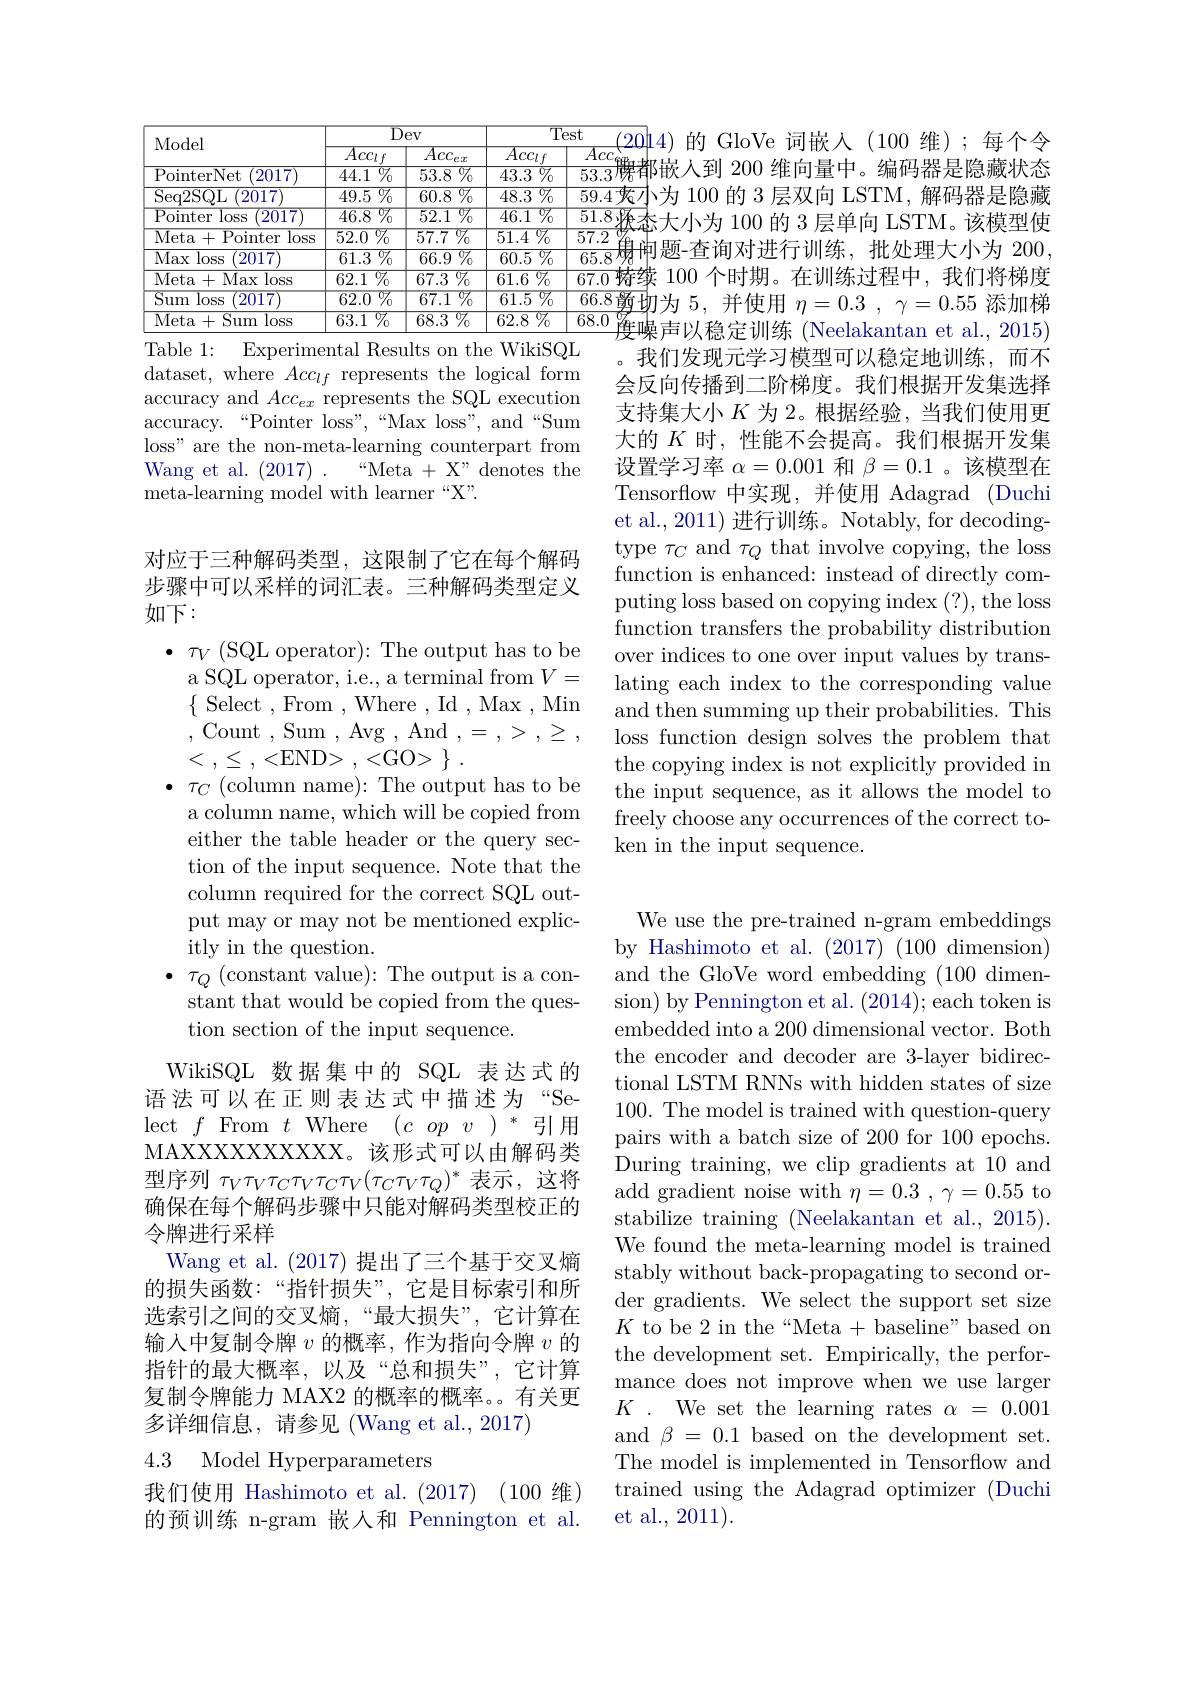
dataset, where $Acc_lf$ represents the logical form accuracy and $Acc_ex$ represents the SQL execution accuracy.“Pointer loss”,“Max loss”,“and“Sum loss" are the non-meta-learning counterpart from Wang et al. $(2017)~.$
$“$Meta + X" denotes the
meta-learning model with learner “X”.

对应于三种解码类型，这限制了它在每个解码步骤中可以采样的词汇表。三种解码类型定义如下：

$\bullet~\tau_{V}~($SQL operator):The output has to be a SQL operator, i.e., a terminal from $V=$ $\{$ Select , From ,Where ,Id ,Max,Min ,Count,Sum,Avg,And$,=,>,\geq$, < $, \leq$ , <END> , <GO> $\}$ .
$\bullet~\tau_{C}~($column name):The output has to be a column name, which will be copied from either the table header or the query section of the input sequence. Note that the column required for the correct SQL output may or may not be mentioned explicitly in the question.
$\bullet$ $\tau _{Q}$ (constant value):The output is a constant that would be copied from the question section of the input sequence.
WikiSQL 数据集中的 SQL 表达式的

语法可以在正则表达式中描述为“Select$f$From$t$Where$(copv)^*$引用MAXXXXXXXXXXX。该形式可以由解码类型序列$\tau_V\tau_V\tau_C\tau_V\tau_C\tau_V(\tau_C\tau_V\tau_Q)^*$表示，这将确保在每个解码步骤中只能对解码类型校正的令牌进行采样
Wang et al. (2017) 提出了三个基于交叉熵的损失函数：“指针损失”,它是目标索引和所选索引之间的交叉熵，“最大损失”,它计算在输入中复制令牌$v$的概率，作为指向令牌$v$的指针的最大概率，以及“总和损失”,它计算复制令牌能力 MAX2 的概率的概率。有关更多详细信息，请参见(Wang et al., 2017)

# 4.3 Model Hyperparameters

我们使用 Hashimoto et al. (2017) (100 维) 的预训练 n-gram 嵌入和 Pennington et al.

(20|4)的 GloVe 词嵌入(100 维);每个令$\begin{array}{c|c}&Acc_{96}\\\hline&53.3\text{腰都嵌入到 200 维向量中。编码器是隐藏状态}\end{array}$ 59.4夾小为 100 的 3 层双向 LSTM, 解码器是隐藏
<table>
	<tbody>
		<tr>
			<th rowspan="2">Model</th>
			<th colspan="2">$\overline{\mathrm{Dev}}$</th>
			<th colspan="2">$\overline{\mathrm{Test}}$ $9f$</th>
		</tr>
		<tr>
			<th>$\overline{Acc_lf}$</th>
			<th>$\overline{Acc_{ex}}$</th>
			<th>$\overline{Acc_lf}$</th>
			<th>$\overline{Acc}$</th>
		</tr>
		<tr>
			<td>PointerNet 2017</td>
			<td>$\overline{44.1\%}$</td>
			<td>$\overline {53. 8}$ $\%$</td>
			<td>$\overline{43.3}\%$</td>
			<td>$53.3\not\in$</td>
		</tr>
		<tr>
			<td>Seq2SQL 2017</td>
			<td>$\overline{49.5\%}$</td>
			<td>${\overline{60.8}\:\%}$</td>
			<td>$\overline{48.3}\%$</td>
			<td>59.4</td>
		</tr>
		<tr>
			<td>Pointer loss 2017 </td>
			<td>$\overline{46.8\:\%}$</td>
			<td>$\overline{52.1\:\%}$</td>
			<td>$\overline{{\mathrm{.~}}}\mathbb{V}_0$ 46.1 1</td>
			<td>$\overline{51.8}$</td>
		</tr>
		<tr>
			<td>Meta+ Pointer loss</td>
			<td>$\overline{52.0\:\%}$</td>
			<td>$\overline{57.7\%}$</td>
			<td>$\overline{51.4}\%$</td>
			<td>$\overline{57.2}$</td>
		</tr>
		<tr>
			<td>$\overline{\mathrm{Max}}$ $\overline{\text{<loss}}$ 2017</td>
			<td>$\overline {61. 3}$ $\%$</td>
			<td>${\overline{66.9\%}}$</td>
			<td>$\overline {60. 5}$ $\%$</td>
			<td>65.8</td>
		</tr>
		<tr>
			<td>Meta+ Max loss</td>
			<td>$\overline{62.1\:\%}$</td>
			<td>${\overline{67.3\:\%}}$</td>
			<td>$\overline {61. 6}$ $\%$</td>
			<td>67.0恢</td>
		</tr>
		<tr>
			<td>Sum $\overline{1\log\text{s}}$ 2017</td>
			<td>$\overline{{\text{)}\%}}$ $\overline{62.0}$ 1 </td>
			<td>$\overline{67.1\%}$</td>
			<td>$\overline{61.5\%}$</td>
			<td>66.8 歡</td>
		</tr>
		<tr>
			<td>Meta+ Sum loss</td>
			<td>$\overline{63.1\:\%}$</td>
			<td>${\overline{68.3}\:\%}$</td>
			<td>$\overline{62.8\%}$</td>
			<td>68.0</td>
		</tr>
	</tbody>
</table>
$\frac{57.2}{65.8}$娣闸题-查询对进行训练，批处理大小为 20067.0特续 100 个时期。在训练过程中，我们将梯度$\frac{66.8\text{ 剪 切为 }5,\text{ 并使用 }\eta=0.3},\gamma=0.55$添加梯
Table 1: Experimental Results on the WikiSQL

度噪声以稳定训练 (Neelakantan et al., 2015) ,我们发现元学习模型可以稳定地训练，而不会反向传播到二阶梯度。我们根据开发集选择支持集大小$K$ 为 2。根据经验，当我们使用更大的$K$时，性能不会提高。我们根据开发集设置学习率$\alpha=0.001$和$\beta=0.1$ 。该模型在Tensorflow 中实现，并使用 Adagrad (Duchi et al.,2011) 进行训练。Notably, for decodingtype $\tau_{C}$ and $\tau_{Q}$ that involve copying, the loss function is enhanced: instead of directly computing loss based on copying index (?), the loss function transfers the probability distribution over indices to one over input values by translating each index to the corresponding value and then summing up their probabilities. This loss function design solves the problem that the copying index is not explicitly provided in the input sequence, as it allows the model to freely choose any occurrences of the correct token in the input sequence.

We use the pre-trained n-gram embeddings by Hashimoto et al. $( 2017) \allowbreak ( {\mathrm{mod}} $dimension) and the GloVe word embedding (100 dimension) by Pennington et al. (2014);each token is embedded into a 200 dimensional vector. Both the encoder and decoder are 3-layer bidirectional LSTM RNNs with hidden states of size 100. The model is trained with question-query pairs with a batch size of 200 for 100 epochs. During training, we clip gradients at 10 and add gradient noise with $\eta=0.3~,~\gamma=0.55~$to stabilize training (Neelakantan et al., 2015). We found the meta-learning model is trained stably without back-propagating to second order gradients. We select the support set size $K$ to be 2 in the“Meta + baseline” based on the development set. Empirically, the performance does not improve when we use larger $K$ . We set the learning rates $\alpha=0.001$ and $\beta=0.1$ based on the development set. The model is implemented in Tensorflow and trained using the Adagrad optimizer (Duchi et al., 2011).